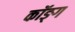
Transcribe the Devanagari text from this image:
कॉङ्‌ग